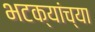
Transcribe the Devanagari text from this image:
भटक्यांच्या